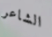
الشاعر